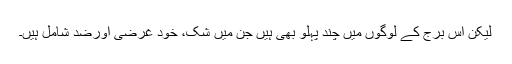
لیکن اس برج کے لوگوں میں چند پہلو بھی ہیں جن میں شک، خود غرضی اورضد شامل ہیں۔